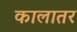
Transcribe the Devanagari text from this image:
कालातर